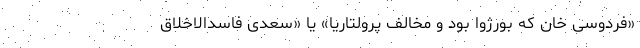
«فردوسی خان که بورژوا بود و مخالف پرولتاریا» یا «سعدی فاسدالاخلاق